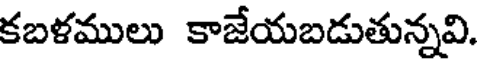
కబళములు కాజేయబడుతున్నవి.